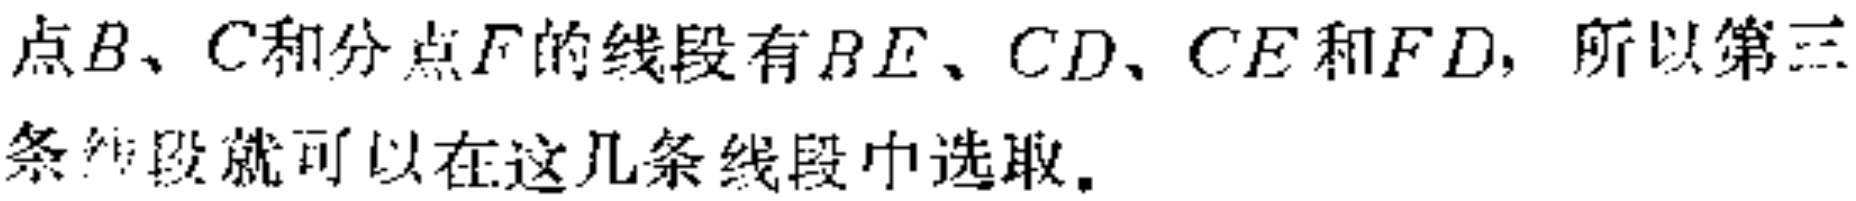
点\(B、C\)和分点\(F\)的线段有\(BE、CD、CE\)和\(FD\)，所以第三条线段就可以在这几条线段中选取。